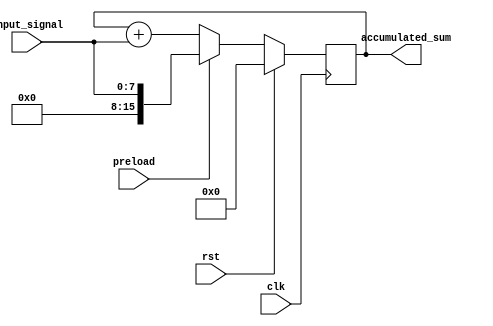
module accumulator(
  input wire clk,
  input wire rst,
  input wire preload,
  input wire [7:0] input_signal,
  output reg [15:0] accumulated_sum
);

reg [15:0] accumulator_reg;

always @(posedge clk) begin
  if(rst) begin
    accumulator_reg <= 16'b0;
  end else if(preload) begin
    accumulator_reg <= input_signal;
  end else begin
    accumulator_reg <= accumulator_reg + input_signal;
  end
end

assign accumulated_sum = accumulator_reg;

endmodule